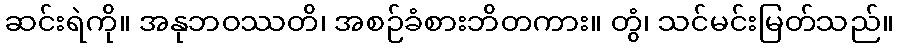
ဆင်းရဲကို။ အနုဘဝဿတိ၊ အစဉ်ခံစားဘိတကား။ တွံ၊ သင်မင်းမြတ်သည်။